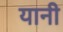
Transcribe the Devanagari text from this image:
यानी